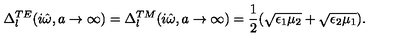
\Delta _ { l } ^ { T E } ( i \hat { \omega } , a \rightarrow \infty ) = \Delta _ { l } ^ { T M } ( i \hat { \omega } , a \rightarrow \infty ) = \frac { 1 } { 2 } ( \sqrt { \epsilon _ { 1 } \mu _ { 2 } } + \sqrt { \epsilon _ { 2 } \mu _ { 1 } } ) .